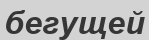
бегущей